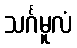
သင်္ဂမူလံ